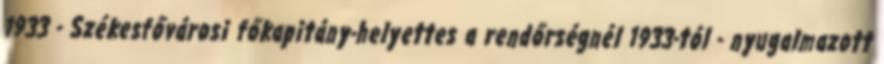
1933 - Székesfővárosi főkapitány-helyettes a rendőrségnél 1933-tól - nyugalmazott